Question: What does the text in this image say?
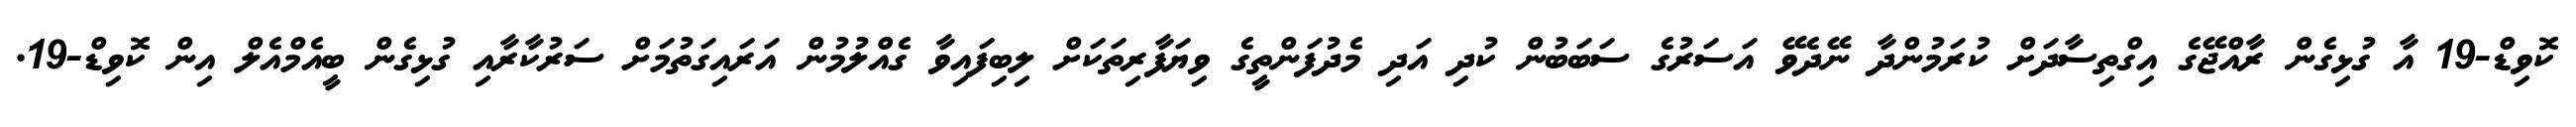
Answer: ކޮވިޑް-19 އާ ގުޅިގެން ރާއްޖޭގެ އިގްތިސާދަށް ކުރަމުންދާ ނޭދެވޭ އަސަރުގެ ސަބަބުން ކުދި އަދި މެދުފަންތީގެ ވިޔަފާރިތަކަށް ލިބިފައިވާ ގެއްލުމުން އަރައިގަތުމަށް ސަރުކާރާއި ގުޅިގެން ބީއެމްއެލް އިން ކޮވިޑް-19.